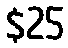
$25